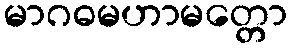
မာဂဓမဟာမတ္တော